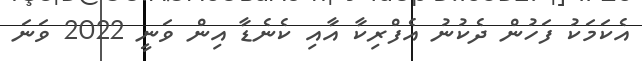
އެކަމަކު ފަހުން ދެކުނު އެފްރިކާ އާއި ކެނެޑާ އިން ވަނީ 2022 ވަނަ